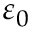
\varepsilon _ { 0 }